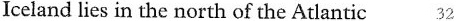
Iceland lies in the north of the Atlantic 32